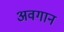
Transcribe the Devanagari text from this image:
अवगान